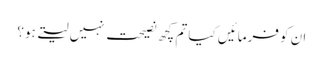
ان کو فرمائیں کیا تم کچھ نصیحت نہیں لیتے ہو؟